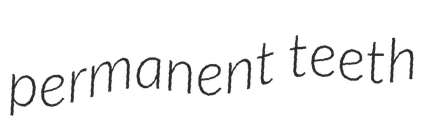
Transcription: permanent teeth